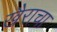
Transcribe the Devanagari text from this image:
खैराचा